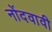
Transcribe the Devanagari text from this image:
नोंदवावी